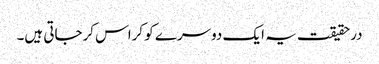
درحقیقت یہ ایک دوسرے کو کراس کرجاتی ہیں۔